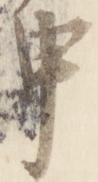
申